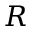
R